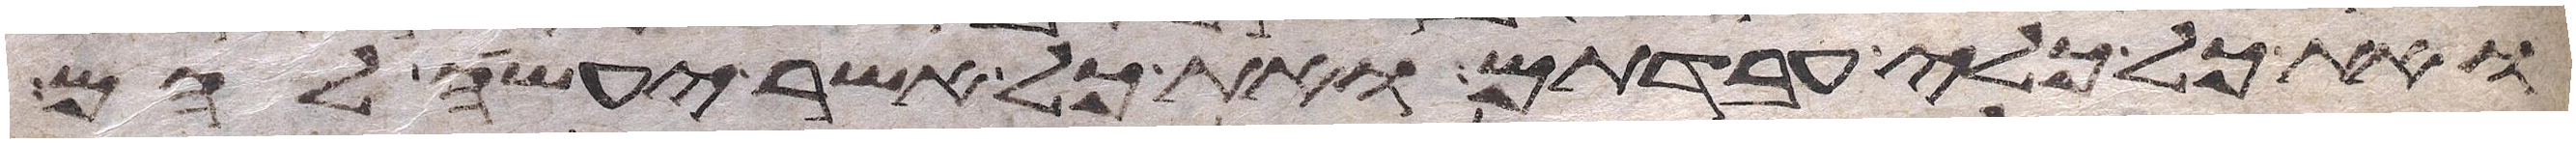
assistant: ואת כל כלי עבדתם ואת כל אשר יעשה להם